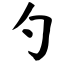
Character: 勺